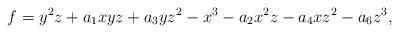
LaTeX: \begin{align*}f= y^2z+a_1xyz +a_3yz^2-x^3-a_2x^2z-a_4xz^2-a_6z^3,\end{align*}